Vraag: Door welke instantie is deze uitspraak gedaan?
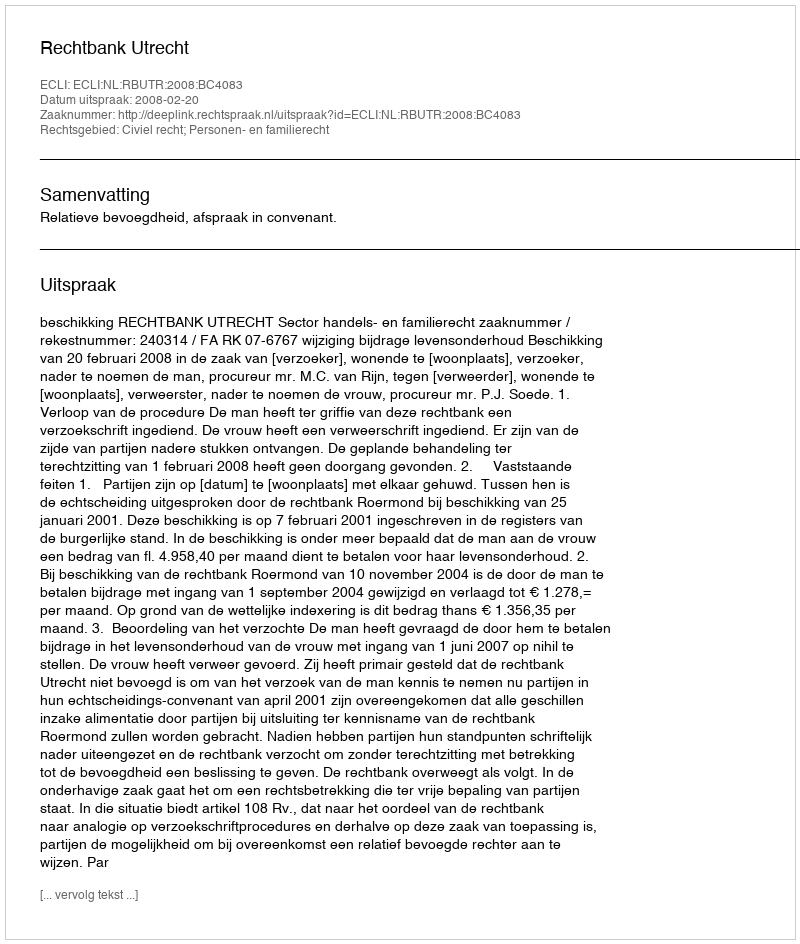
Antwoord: Rechtbank Utrecht